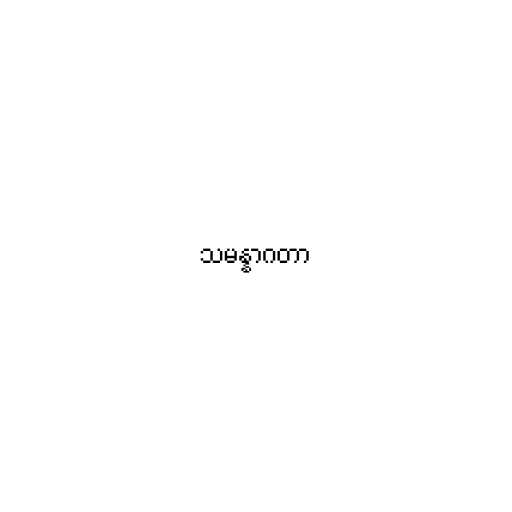
သမန္နာဂတာ